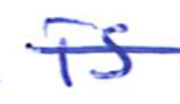
Text: is
Cross-out: single-line
Writing tool: ballpoint